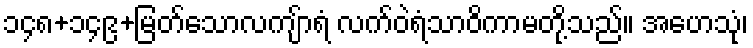
၁၄၈+၁၄၉+မြတ်သောလကျ်ာရံ လက်ဝဲရံသာဝိကာမတို့သည်။ အဟေသုံ၊